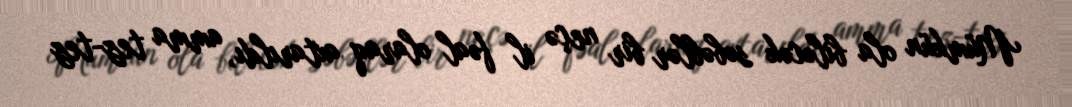
Mümkün ola biləcək səbəblər bir neçə il fəal olaraq axtarıldı, amma tez-tez